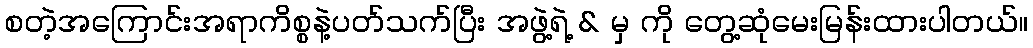
စတဲ့အကြောင်းအရာကိစ္စနဲ့ပတ်သက်ပြီး အဖွဲ့ရဲ့ & မှ ကို တွေ့ဆုံမေးမြန်းထားပါတယ်။